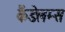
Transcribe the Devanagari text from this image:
कैंडेलम्स